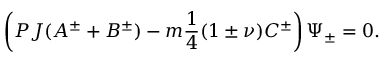
\left( P J ( A ^ { \pm } + B ^ { \pm } ) - m \frac { 1 } { 4 } ( 1 \pm \nu ) C ^ { \pm } \right) \Psi _ { \pm } = 0 .